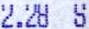
2.28 S